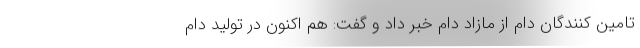
تامین کنندگان دام از مازاد دام خبر داد و گفت: هم اکنون در تولید دام